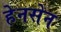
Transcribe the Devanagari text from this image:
हेनसेन